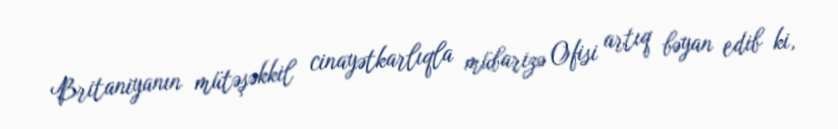
Britaniyanın mütəşəkkil cinayətkarlıqla mübarizə Ofisi artıq bəyan edib ki,